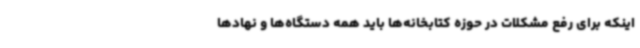
اینکه برای رفع مشکلات در حوزه کتابخانه‌ها باید همه دستگاه‌ها و نهادها